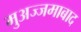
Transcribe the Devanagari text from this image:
मुअज्जमाबाद